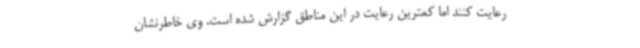
رعایت کنند اما کمترین رعایت در این مناطق گزارش شده است. وی خاطرنشان